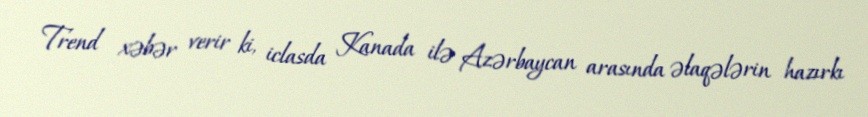
Trend xəbər verir ki, iclasda Kanada ilə Azərbaycan arasında əlaqələrin hazırkı